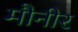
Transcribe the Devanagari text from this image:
मौनीर